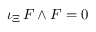
\iota _ { \Xi } \, F \wedge F = 0